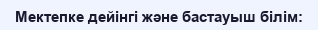
Мектепке дейінгі және бастауыш білім: